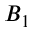
B _ { 1 }